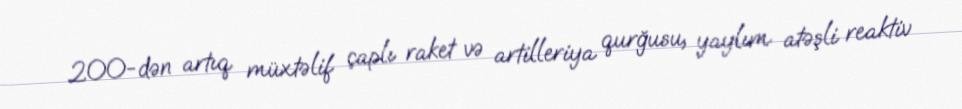
200-dən artıq müxtəlif çaplı raket və artilleriya qurğusu, yaylım atəşli reaktiv